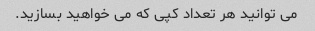
می توانید هر تعداد کپی که می خواهید بسازید.